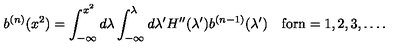
b ^ { ( n ) } ( x ^ { 2 } ) = \int _ { - \infty } ^ { x ^ { 2 } } d \lambda \int _ { - \infty } ^ { \lambda } d \lambda ^ { \prime } H ^ { \prime \prime } ( \lambda ^ { \prime } ) b ^ { ( n - 1 ) } ( \lambda ^ { \prime } ) \quad \mathrm { f o r n = 1 , 2 , 3 , \dots . }